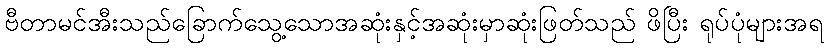
ဗီတာမင်အီးသည်ခြောက်သွေ့သောအဆုံးနှင့်အဆုံးမှာဆုံးဖြတ်သည် ဖိပြီး ရုပ်ပုံများအရ